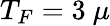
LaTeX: T_{F}=3~\mu